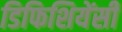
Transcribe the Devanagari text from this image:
डिफिशियेंसी